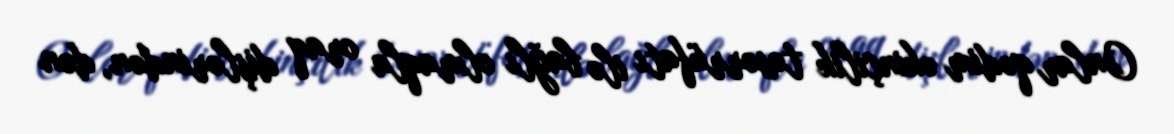
Onlar qədim əkinçilik təsərrüfatı ilə bağlı olmaqla oraq dişlərindən, dən